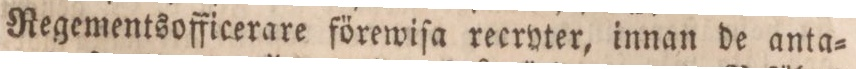
Regementsofficerare förewiſa recryter, innan de anta=